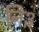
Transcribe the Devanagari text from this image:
नि३